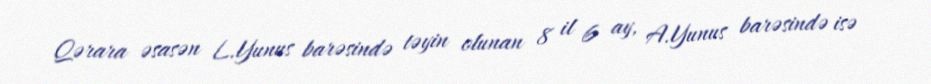
Qərara əsasən L.Yunus barəsində təyin olunan 8 il 6 ay, A.Yunus barəsində isə